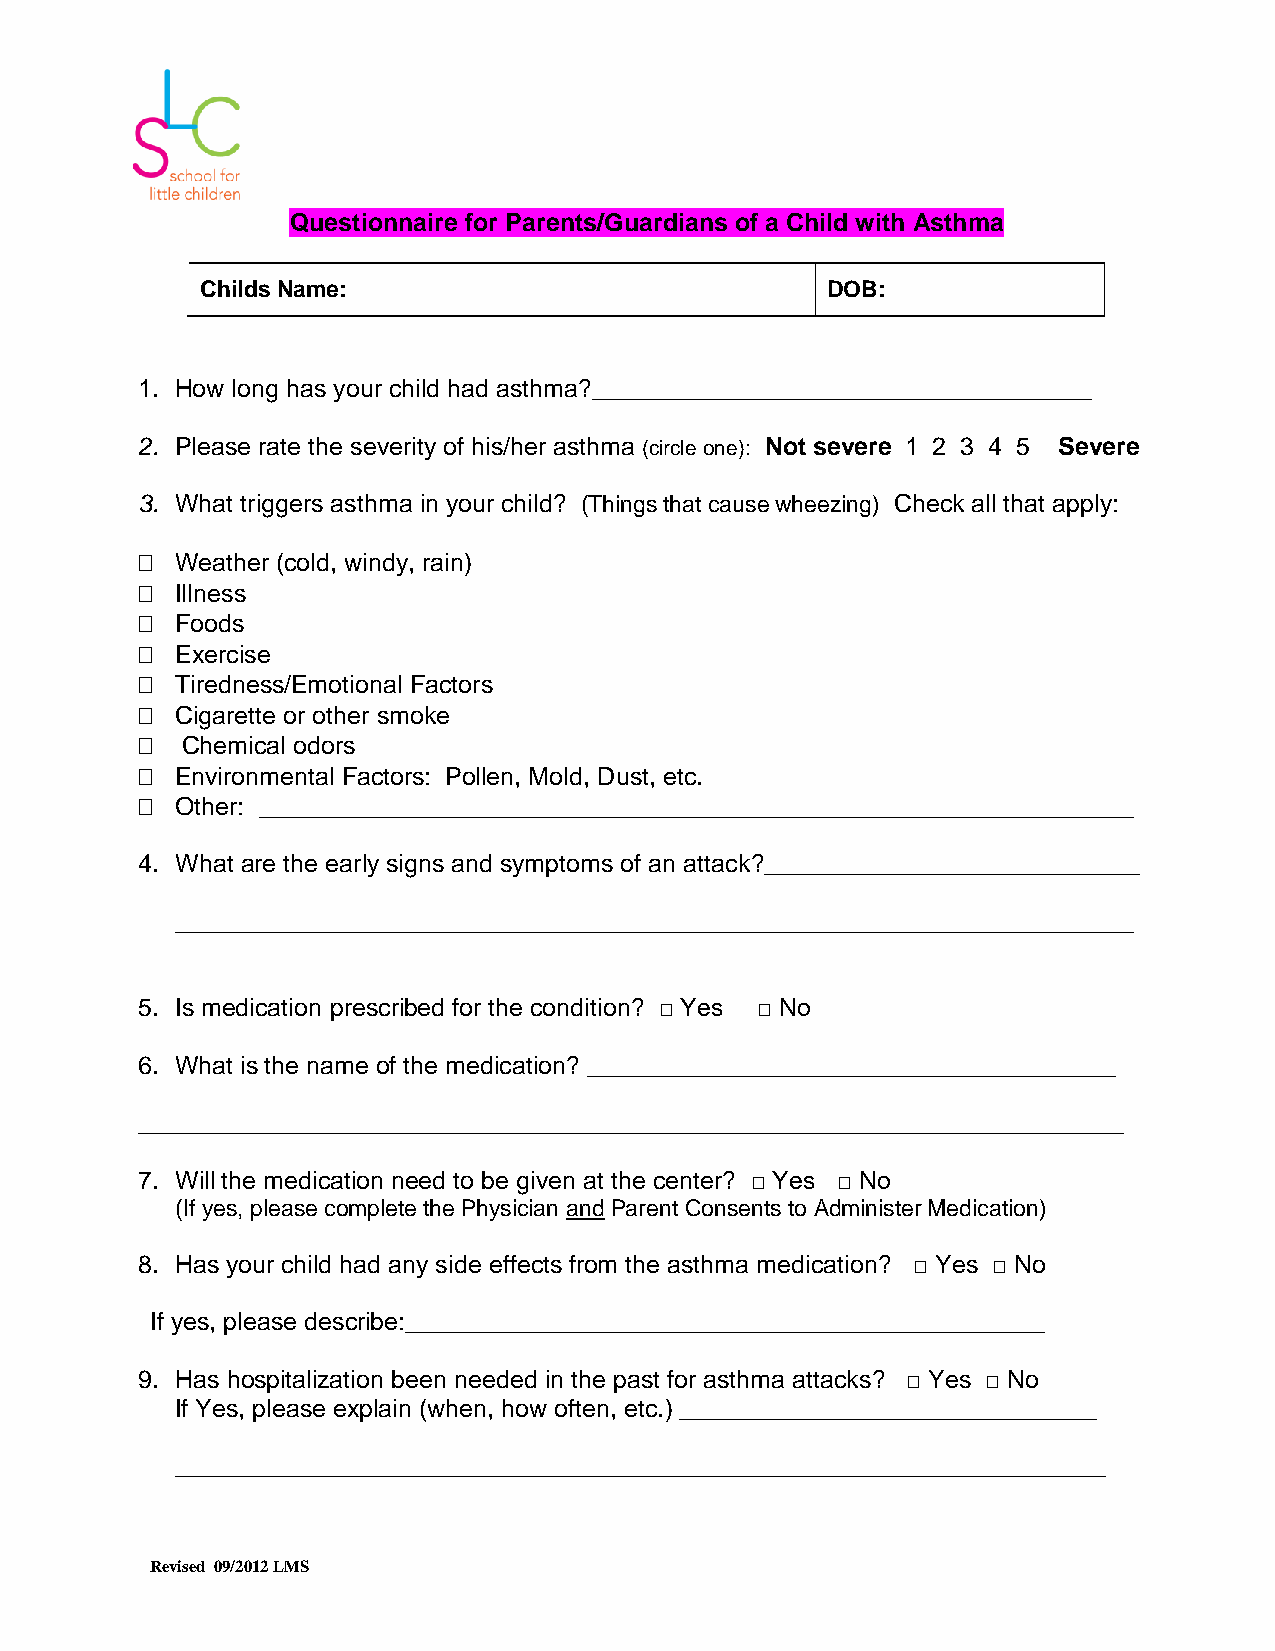
Questionnaire for Parents/Guardians of a Child with Asthma
 Childs Name:                              DOB:
 1. How long has your child had asthma?____________________________________
 2. Please rate the severity of his/her asthma (circle one): Not severe 1 2 3 4 5 Severe
 3. What triggers asthma in your child? (Things that cause wheezing) Check all that apply:
   Weather (cold, windy, rain)
   Illness
   Foods
   Exercise
   Tiredness/Emotional Factors
   Cigarette or other smoke
   Chemical odors
   Environmental Factors: Pollen, Mold, Dust, etc.
   Other: _______________________________________________________________
 4. What are the early signs and symptoms of an attack?___________________________
 _____________________________________________________________________
 5. Is medication prescribed for the condition? □ Yes □ No
 6. What is the name of the medication? ______________________________________
 _______________________________________________________________________
 7. Will the medication need to be given at the center? □ Yes □ No
 (If yes, please complete the Physician and Parent Consents to Administer Medication)
 8. Has your child had any side effects from the asthma medication? □ Yes □ No
 If yes, please describe:______________________________________________
 9. Has hospitalization been needed in the past for asthma attacks? □ Yes □ No
 If Yes, please explain (when, how often, etc.) ______________________________
 ___________________________________________________________________
 Revised 09/2012 LMS